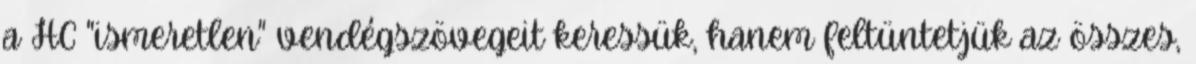
a HC "ismeretlen" vendégszövegeit keressük, hanem feltüntetjük az összes,